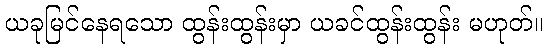
ယခုမြင်နေရသော ထွန်းထွန်းမှာ ယခင်ထွန်းထွန်း မဟုတ်။